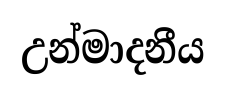
උන්මාදනීය